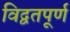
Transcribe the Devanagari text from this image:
विद्वतपूर्ण